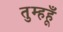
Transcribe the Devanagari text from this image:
तुम्हहूँ